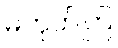
မဟုတ်ကြ